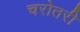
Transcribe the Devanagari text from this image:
चरोतरी